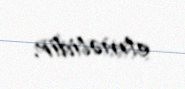
etməlidir.